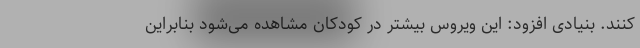
کنند. بنیادی افزود: این ویروس بیشتر در کودکان مشاهده می‌شود بنابراین